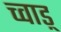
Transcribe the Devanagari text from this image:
च्वाड़्